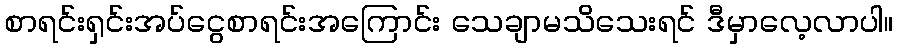
စာရင်းရှင်းအပ်ငွေစာရင်းအကြောင်း သေချာမသိသေးရင် ဒီမှာလေ့လာပါ။